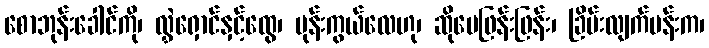
စောဘုန်းခေါင်ကို၊ လွှဲရှောင်နှင့်ထွေ၊ ပုန်းကွယ်လေဟု၊ ဆိုပေဖြန်းဖြန်း၊ ခြိမ်းလျက်မန်းက၊